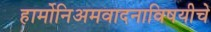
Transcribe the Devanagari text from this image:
हार्मोनिअमवादनाविषयीचे